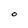
Character: O